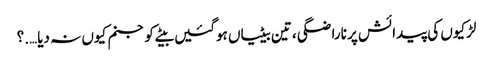
لڑکیوں کی پیدائش پر ناراضگی ، تین بیٹیاں ہوگئیں بیٹے کو جنم کیوں نہ دیا….؟